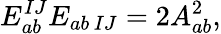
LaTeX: E_{ab}^{IJ}E_{ab\, IJ}=2A_{ab}^{2},